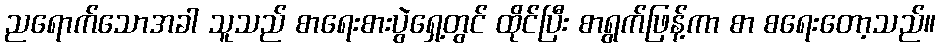
ညရောက်သောအခါ သူသည် စာရေးစားပွဲရှေ့တွင် ထိုင်ပြီး စာရွက်ဖြန့်ကာ စာ စရေးတော့သည်။